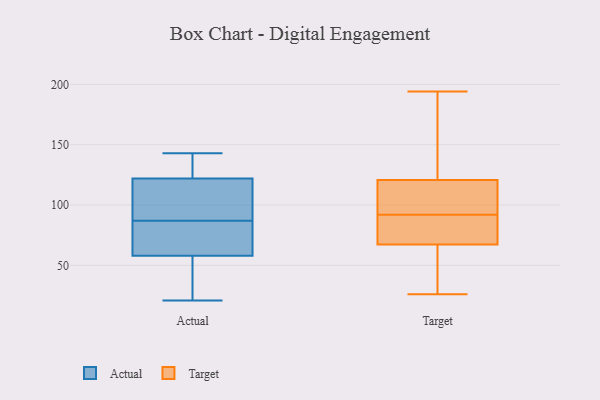
{"axis": {"x": "Churn Rate (%)", "y": "Value"}, "legend": ["Actual", "Target"], "data": [{"x": "", "y": 58, "type": "Actual"}, {"x": "", "y": 143, "type": "Actual"}, {"x": "", "y": 71, "type": "Actual"}, {"x": "", "y": 36, "type": "Actual"}, {"x": "", "y": 85, "type": "Actual"}, {"x": "", "y": 141, "type": "Actual"}, {"x": "", "y": 73, "type": "Actual"}, {"x": "", "y": 122, "type": "Actual"}, {"x": "", "y": 21, "type": "Actual"}, {"x": "", "y": 99, "type": "Actual"}, {"x": "", "y": 143, "type": "Actual"}, {"x": "", "y": 39, "type": "Actual"}, {"x": "", "y": 115, "type": "Actual"}, {"x": "", "y": 89, "type": "Actual"}, {"x": "", "y": 78, "type": "Target"}, {"x": "", "y": 120, "type": "Target"}, {"x": "", "y": 53, "type": "Target"}, {"x": "", "y": 26, "type": "Target"}, {"x": "", "y": 92, "type": "Target"}, {"x": "", "y": 110, "type": "Target"}, {"x": "", "y": 59, "type": "Target"}, {"x": "", "y": 194, "type": "Target"}, {"x": "", "y": 109, "type": "Target"}, {"x": "", "y": 123, "type": "Target"}, {"x": "", "y": 70, "type": "Target"}, {"x": "", "y": 72, "type": "Target"}, {"x": "", "y": 170, "type": "Target"}]}